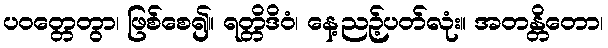
ပဝတ္တေတွာ၊ ဖြစ်စေ၍။ ရတ္တိဒိဝံ၊ နေ့ညဉ့်ပတ်လုံး။ အတန္တိတော၊